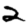
Digit: 2